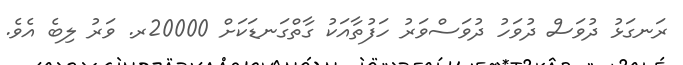
ރަނގަޅު ދުވަސް ދުވަހު ދުވަސްވަރު ހަފުތާއަކު ގާތްގަނޑަކަށް 20000ރ. ވަރު ލިބެ އެވެ.